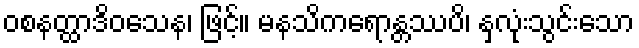
ဝစနတ္ထာဒိဝသေန၊ ဖြင့်။ မနသိကရောန္တဿပိ၊ နှလုံးသွင်းသော